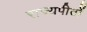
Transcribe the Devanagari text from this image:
राज्यपीठों